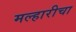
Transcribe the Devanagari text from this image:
मल्हारीचा